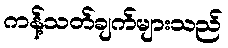
ကန့်သတ်ချက်များသည်